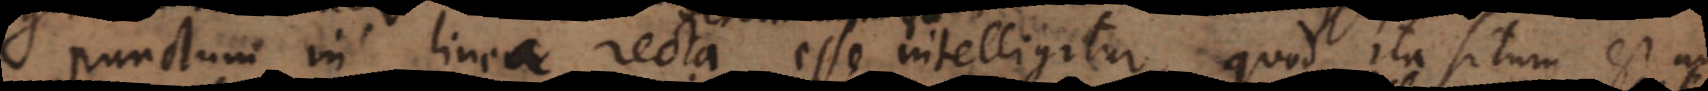
Punctum in linea recta esse intelligitur, quod ita situm est ad